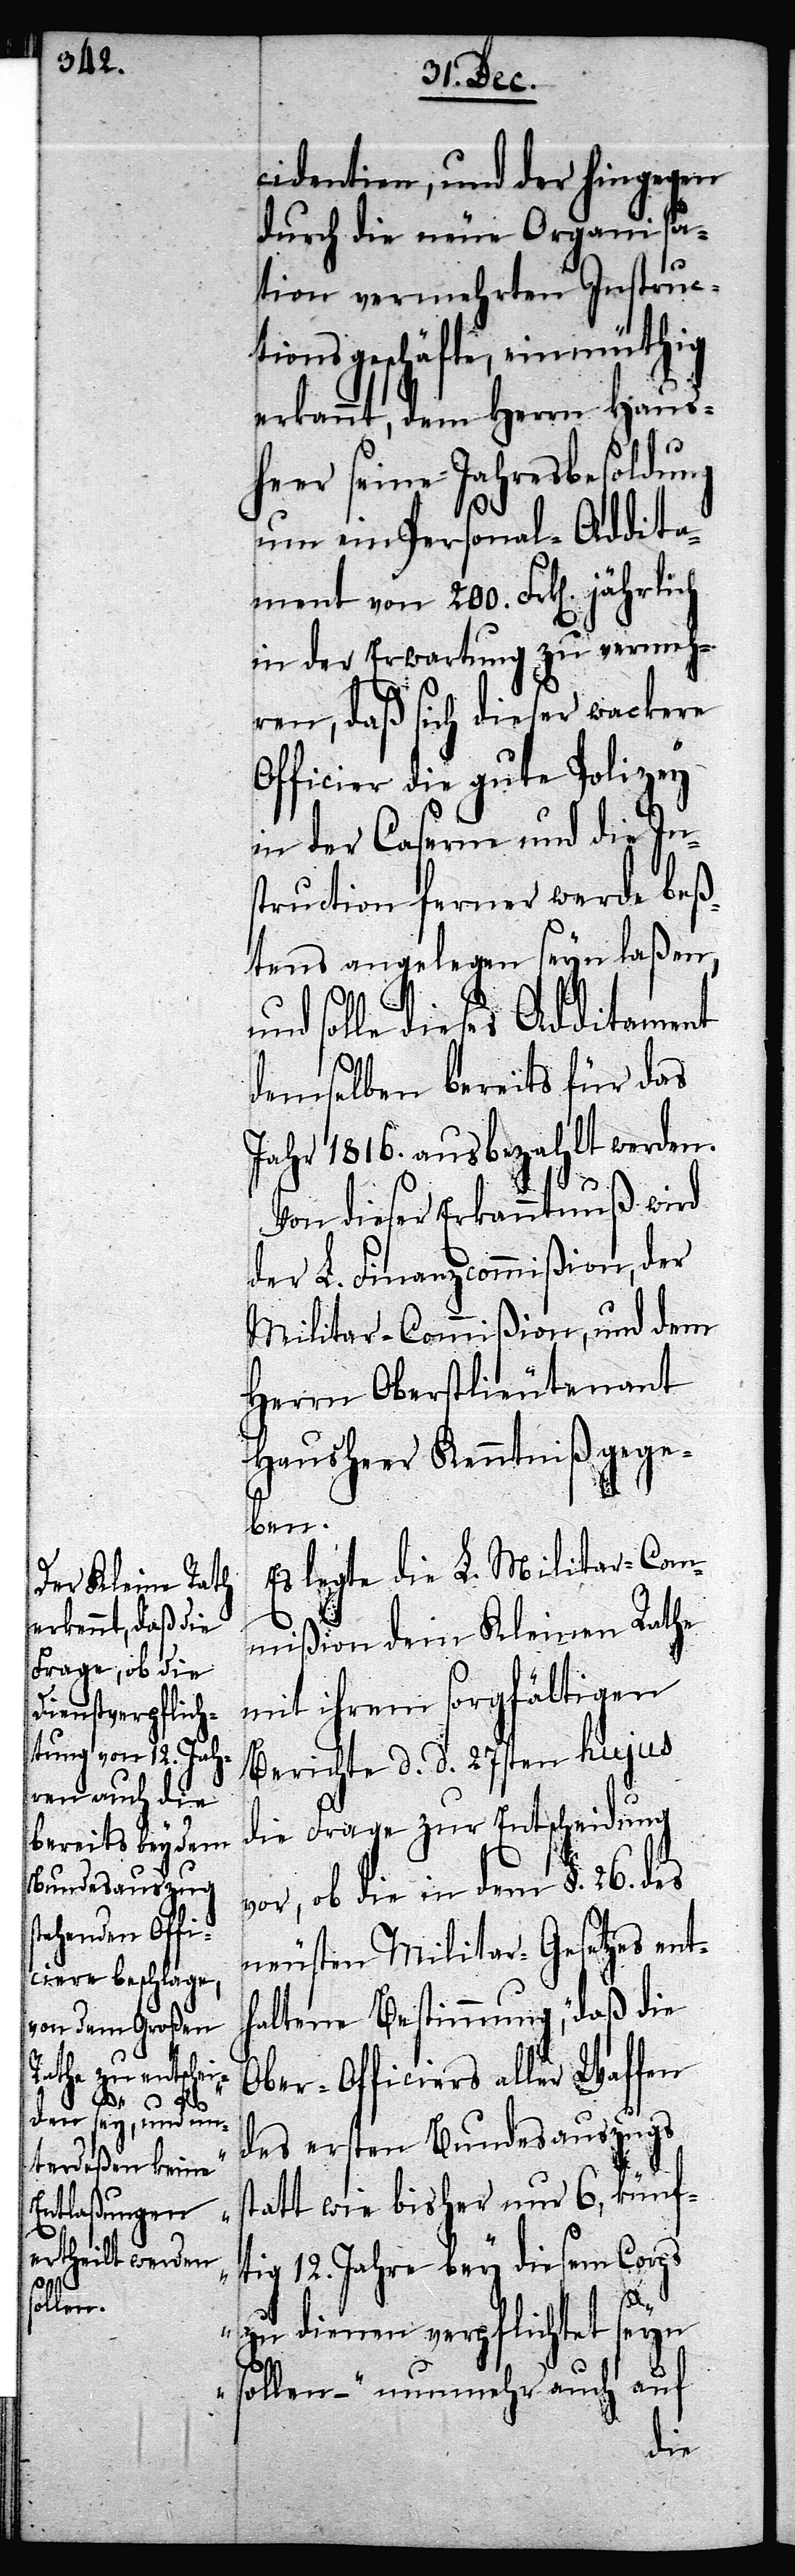
s¬

cidentien, und der hingegen
durch die neue Organisa¬
tion vermehrten Instruc¬
tionsgeschäfte, einmüthig
erkannt, dem Herrn Haus¬
er seine Jahresbesoldung
um ein Personal-Addita¬
in der Erwartung zu vermeh¬
ren, daß sich dieser wackere
Officier die gute Polizey
in der Caserne und die In¬
struction ferner werde beß¬
tens angelegen seyn laßen,
und solle dieses Additament
demselben bereits für das
Jahr 1816. ausbezahlt werden.
Von dieser Erkanntnuß wird
der L. Finanzcommißion der
Militar-Commißion, und dem
Herrn Oberstlieutenant
Hausheer Kenntniß gege¬
ben.
Es legte die L. Militar-Com¬
mißion dem Kleinen Rathe
mit ihrem sorgfältigen
Berichte d. d. 27sten hujus
die Frage zur Entscheidung
vor, ob die in dem §. 26. des
neusten Militar-Gesetzes ent¬
haltene Bestimmung, „daß die
Ober-Officiers aller Waffen
des ersten Bundesauszugs
tatt wie bisher nur 6, künf¬
tig 12. Jahre bey diesem Corps
zu dienen verpflichtet seyn
sollen –“ nunmehr auch auf